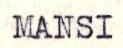
MANSI